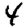
Digit: 4